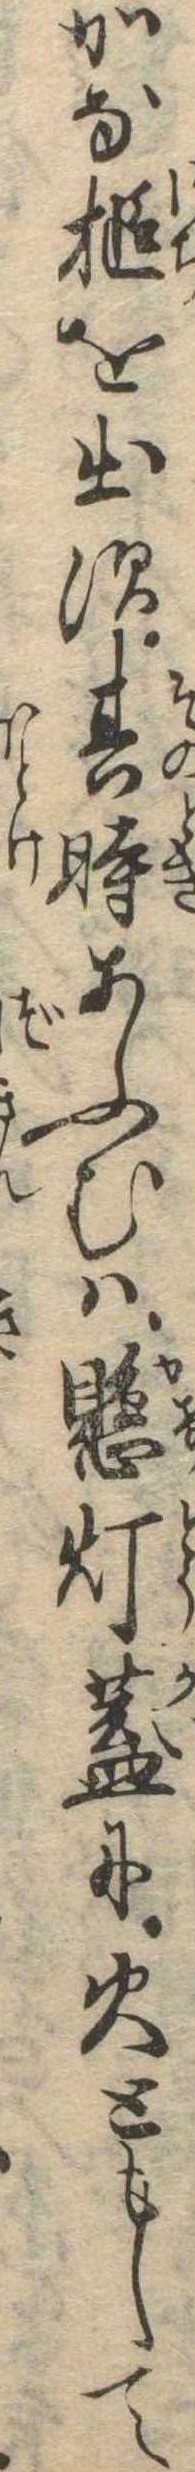
かな槌を出す其時あふむは懸灯蓋に火ともして